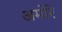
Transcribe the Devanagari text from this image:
अमोरे